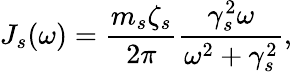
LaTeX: J_{s}(\omega)=\frac{m_{s}\zeta_{s}}{2\pi}\frac{\gamma_{s}^{2}\omega}{\omega^{2}+\gamma_{s}^{2}},